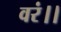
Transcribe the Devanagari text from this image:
वरं।।